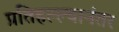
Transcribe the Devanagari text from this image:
प्रतिहल्ल्यानंतर